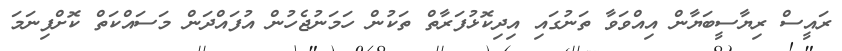
ރައީސް ރިޔާސީބަޔާން އިއްވަވާ ތަނުގައި އިދިކޮޅުފަރާތް ތަކުން ހަމަނުޖެހުން އުފައްދަން މަސައްކަތް ކޮށްފިނަމަ